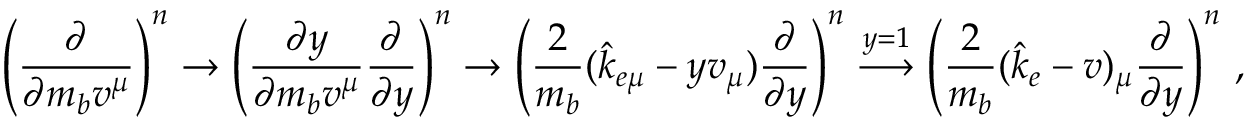
\left( { \frac { \partial } { \partial m _ { b } v ^ { \mu } } } \right) ^ { n } \rightarrow \left( { \frac { \partial y } { \partial m _ { b } v ^ { \mu } } } { \frac { \partial } { \partial y } } \right) ^ { n } \rightarrow \left( { \frac { 2 } { m _ { b } } } ( \hat { k } _ { e \mu } - y v _ { \mu } ) { \frac { \partial } { \partial y } } \right) ^ { n } \mathrel { \mathop { \longrightarrow } ^ { y = 1 } } \left( { \frac { 2 } { m _ { b } } } ( \hat { k } _ { e } - v ) _ { \mu } { \frac { \partial } { \partial y } } \right) ^ { n } \, ,